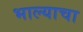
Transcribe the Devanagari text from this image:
भाल्याचा